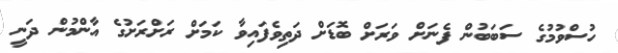
ހުސްވުމުގެ ސަބަބުން ފެނަށް ވަރަށް ބޮޑަށް ދަތިވެފައިވާ ކަމަށް ރަށްރަށުގެ އާންމުން ދަނީ